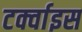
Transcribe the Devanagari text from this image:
टर्क्वाइस